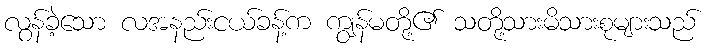
လွန်ခဲ့သော လအနည်းငယ်ခန့်က ကျွန်မတို့၏ သတို့သားမိသားစုများသည်